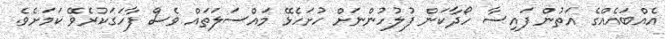
އެއްބައެއްގެ އަތުން ފައިސާ ހޯދާކަން ފުލުހުންނަށް ހުށަހެޅޭ މައްސަލަތައް ވެސް ފާހަގަކުރެވޭ ކަމަށެވެ.